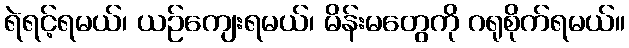
ရဲရင့်ရမယ်၊ ယဉ်ကျေးရမယ်၊ မိန်းမတွေကို ဂရုစိုက်ရမယ်။